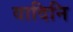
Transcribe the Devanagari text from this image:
वादिनि